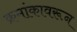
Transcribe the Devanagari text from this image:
क्रमांकावरून